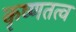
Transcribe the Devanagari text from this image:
कृष्णतत्व